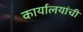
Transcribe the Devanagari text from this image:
कार्यालयांची